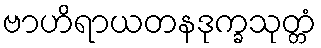
ဗာဟိရာယတနဒုက္ခသုတ္တံ